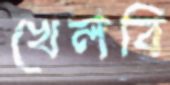
খেলবি